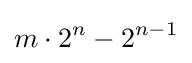
m\cdot 2^{n}-2^{n-1}